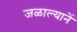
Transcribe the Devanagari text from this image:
जळाल्यानें